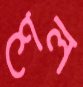
শেল